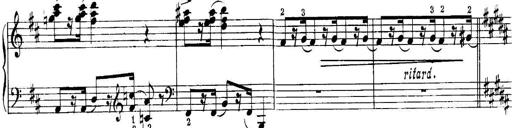
Title: Quatres sonatines
Composer: Tadeusz Joteyko